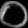
Digit: ၀